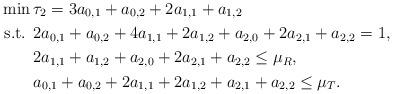
LaTeX: \begin{align*}\min\, &\tau_2=3a_{0,1}+a_{0,2}+2a_{1,1}+a_{1,2}\\\textrm{s.t. }&2a_{0,1}+a_{0,2}+4a_{1,1}+2a_{1,2}+a_{2,0}+2a_{2,1}+a_{2,2}=1,\\&2a_{1,1}+a_{1,2}+a_{2,0}+2a_{2,1}+a_{2,2}\le\mu_R, \\&a_{0,1}+a_{0,2}+2a_{1,1}+2a_{1,2}+a_{2,1}+a_{2,2}\le\mu_T. \end{align*}